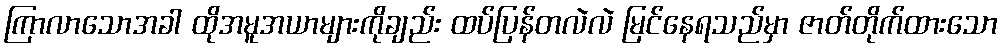
ကြာလာသောအခါ ထိုအမူအယာများကိုချည်း ထပ်ပြန်တလဲလဲ မြင်နေရသည်မှာ ဇာတ်တိုက်ထားသော